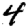
Digit: 4